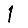
Digit: 1